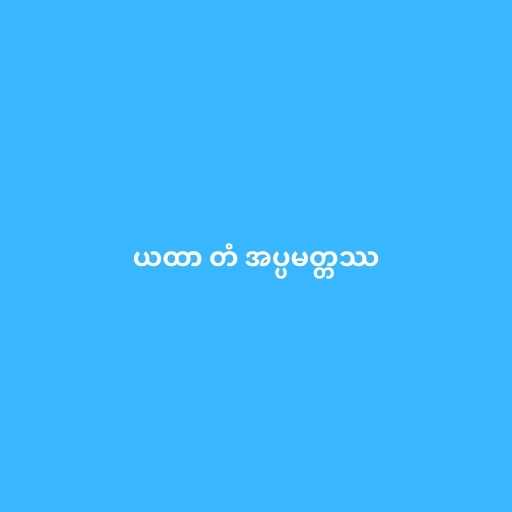
ယထာ တံ အပ္ပမတ္တဿ